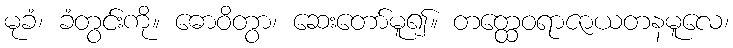
မုခံ၊ ခံတွင်းကို။ ဓောဝိတွာ၊ ဆေးတော်မူ၍။ တတ္ထေဝရာဇာယတနမူလေ၊